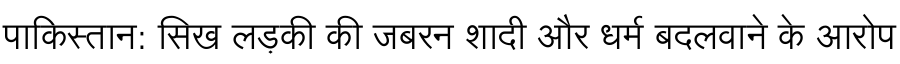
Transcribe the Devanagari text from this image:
पाकिस्तान: सिख लड़की की जबरन शादी और धर्म बदलवाने के आरोप